Civil Veterinary Dept. Bombay admin report 1932-41 - 1932-1941
Year: 1932
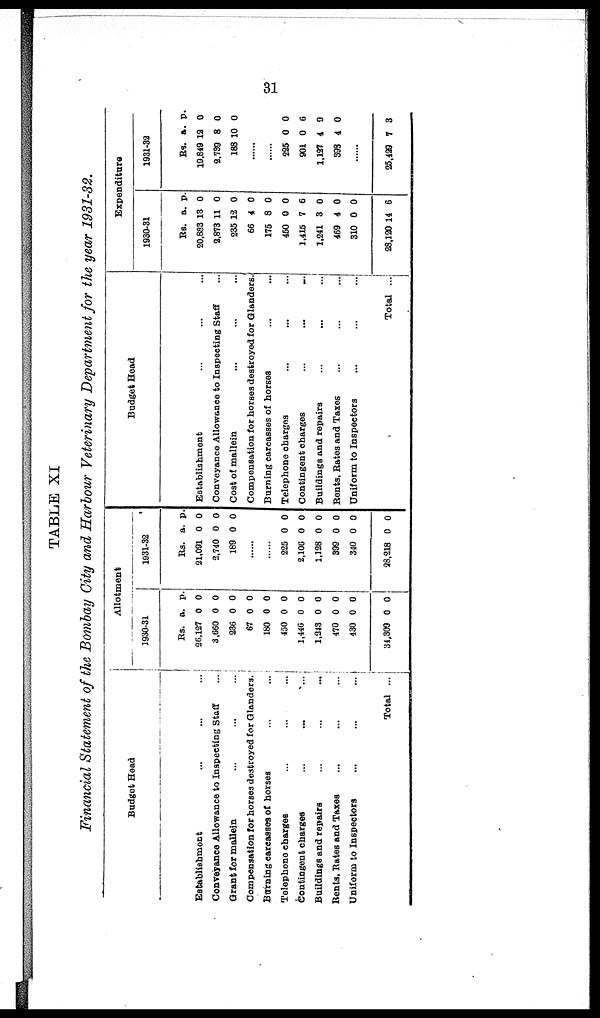
31
TABLE XI
Financial Statement of the Bombay City and Harbour Veterinary Department for the year 1931-32.
Budget Head
Establishment ... ... ...
Conveyance Allowance to Inspecting Staff ...
Grant for mallein ... ... ...
Compensation for horses destroyed for Glanders.
Burning carcasses of horses ... ...
Telephone charges ... ... ...
Contingent charges
...
...
...
Buildings and repairs
...
...
...
Bents, Bates and Taxes ... ... ...
Uniform to Inspectors
...
...
...
Total ...
Allotment
1930-31
Rs.
26,127
3.660
236
67
180
450
1,446
1,343
470
430
34,309
a.
0
0
0
0
0
0
0
0
0
0
0
p.
0
0
0
0
0
0
0
0
0
0
0
1931-32
Rs.
21,091
2,740
189
a.
0
0
0
p.
0
0
0
......
......
225
2,106
1,128
399
340
28,218
0
0
0
0
0
0
0
0
0
0
0
0
Budget Head
Establishment ... ... ...
Conveyance Allowance to Inspecting Staff ...
Cost of mallein ... ... ...
Compensation for horses destroyed for Glanders.
Burning carcasses of horses ... ...
Telephone charges ... ... ...
Contingent charges ... ... ...
Buildings and repairs ... ... ...
Bents, Bates and Taxes ... ... ...
Uniform to Inspectors ... ... ...
Total ...
Expenditure
1930-31
Rs.
20,883
2,873
235
66
175
450
1,415
1,241
469
310
28,120
a.
13
11
12
4
8
0
7
3
4
0
14
p.
0
0
0
0
0
0
6
0
0
0
6
1931-32
Rs.
19,849
2.739
188
a.
12
8
10
p.
0
0
0
......
......
225
901
1,127
393
......
25,499
0
0
4
4
7
0
6
9
0
3